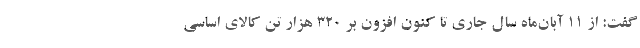
گفت: از ۱۱ آبان‌ماه سال جاری تا کنون افزون بر ۳۲۰ هزار تن کالای اساسی